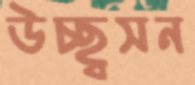
উচ্ছ্বসন